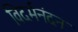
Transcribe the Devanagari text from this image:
विदर्भनंदन